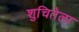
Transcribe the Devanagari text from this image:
शुचितेला